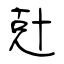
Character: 兙